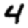
Digit: 4